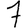
Digit: 7